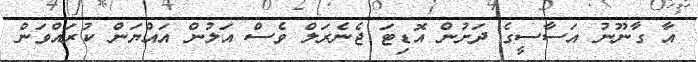
އާ ގާނޫނު އަސާސީގެ ދަށުން އޮޑިޓަ ޖެނެރަލް ވެސް އަލުން އައްޔަން ކުރައްވަން